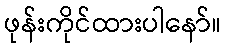
ဖုန်းကိုင်ထားပါနော်။